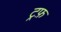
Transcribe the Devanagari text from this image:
ट्रफ़